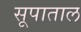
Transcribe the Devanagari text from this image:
सूपाताल